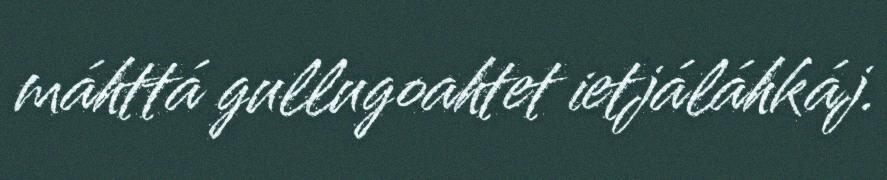
máhttá gullugoahtet ietjáláhkáj.